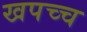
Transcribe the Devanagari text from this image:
खपच्च